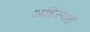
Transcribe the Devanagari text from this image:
अहिस्पती